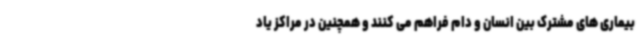
بیماری های مشترک بین انسان و دام فراهم می کنند و همچنین در مراکز یاد